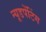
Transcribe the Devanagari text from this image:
न्यूडपेंटिंग